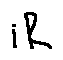
i R